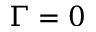
\Gamma = 0